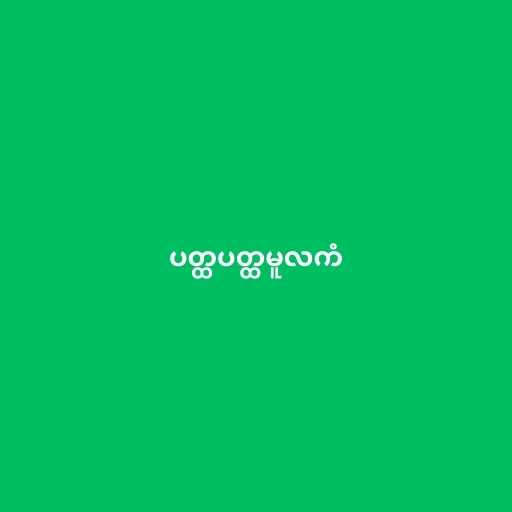
ပတ္ထပတ္ထမူလကံ